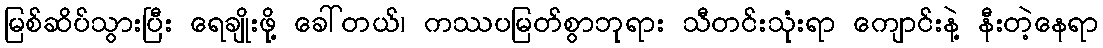
မြစ်ဆိပ်သွားပြီး ရေချိုးဖို့ ခေါ်တယ်၊ ကဿပမြတ်စွာဘုရား သီတင်းသုံးရာ ကျောင်းနဲ့ နီးတဲ့နေရာ